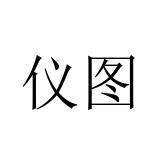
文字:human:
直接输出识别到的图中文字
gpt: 仪图